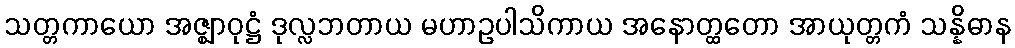
သတ္တကာယော အဇ္ဈာဝုဋ္ဌံ ဒုလ္လဘတာယ မဟာဥပါသိကာယ အနောတ္ထတော အာယုတ္တကံ သန္နိဓာန